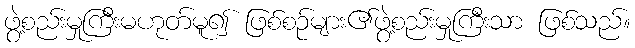
ဖွဲ့စည်းမှုကြီးမဟုတ်မူ၍ ဖြစ်စဉ်များ၏ဖွဲ့စည်းမှုကြီးသာ ဖြစ်သည်။